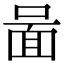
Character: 𠷰